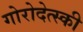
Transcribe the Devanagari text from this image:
गोरोदेत्स्की